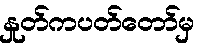
နှုတ်ကပတ်တော်မှ